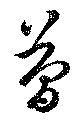
簡